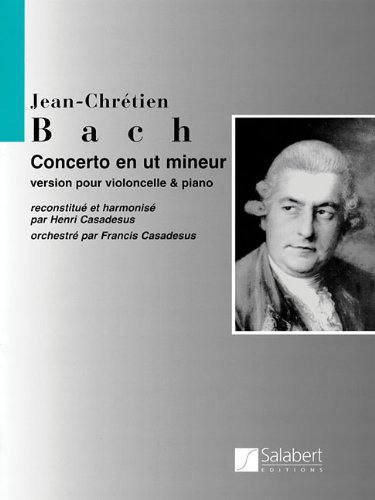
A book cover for Concerto C Minor Violoncello and Piano - includes insert SEAS14909; Humor & Entertainment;